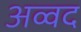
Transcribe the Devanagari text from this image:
अव्वद